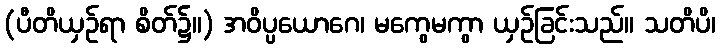
(ပီတိယှဉ်ရာ စိတ်၌။) အဝိပ္ပယောဂေ၊ မကွေမကွာ ယှဉ်ခြင်းသည်။ သတိပိ၊